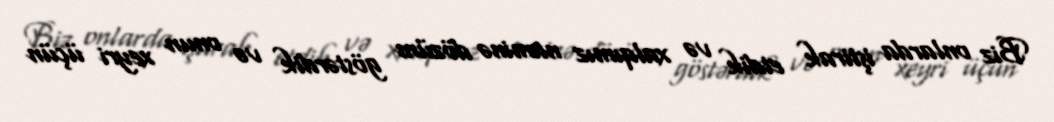
Biz onlarda iştirak etdik və xalqımız naminə dözüm göstərdik və onun xeyri üçün